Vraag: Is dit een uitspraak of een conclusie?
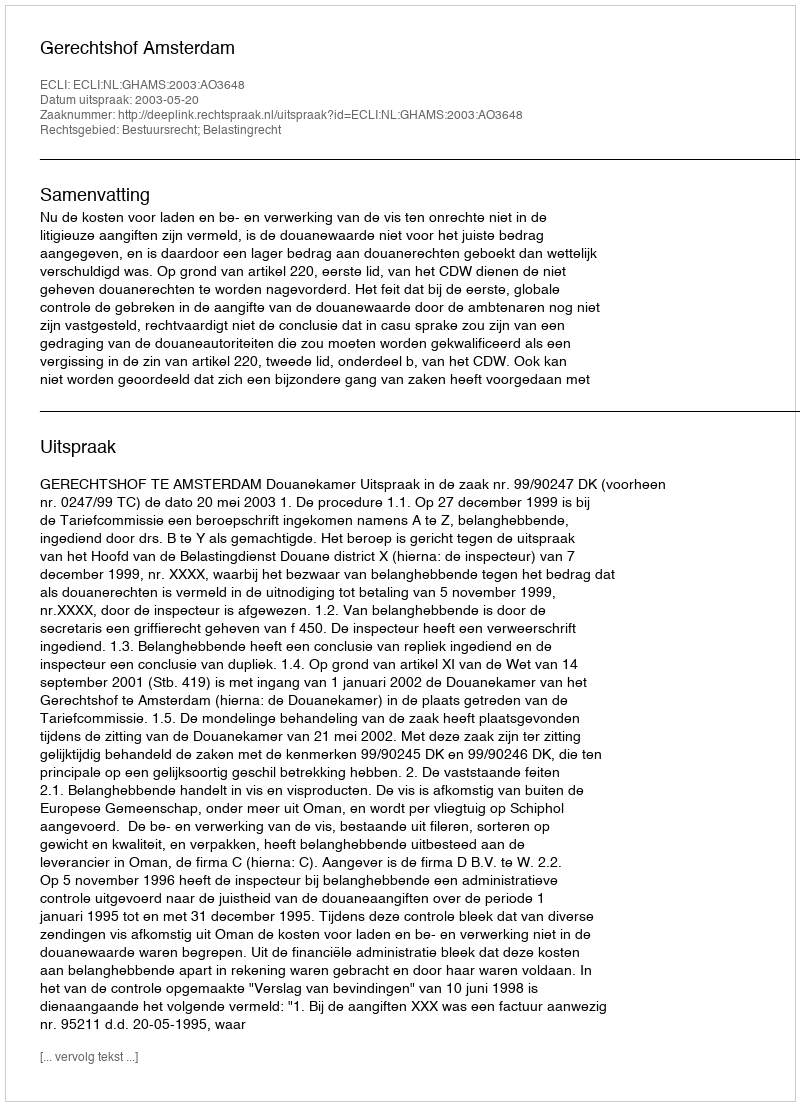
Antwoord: Uitspraak